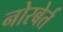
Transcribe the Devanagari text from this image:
नोरबेर्त